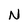
Character: N